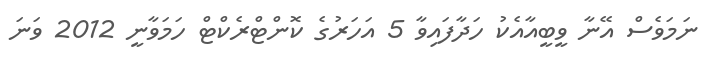
ނަމަވެސް އޭނާ ވީބީއާއެކު ހަދާފައިވާ 5 އަހަރުގެ ކޮންޓްރެކްޓް ހަމަވާނީ 2012 ވަނަ